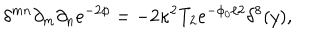
{ \delta ^ { m n } \partial _ { m } \partial _ { n } e ^ { - 2 \phi } = - 2 \kappa ^ { 2 } T _ { 2 } e ^ { - \phi _ { 0 } / 2 } \delta ^ { 8 } ( y ) , }